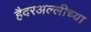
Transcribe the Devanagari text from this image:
हैदरअल्लीच्या